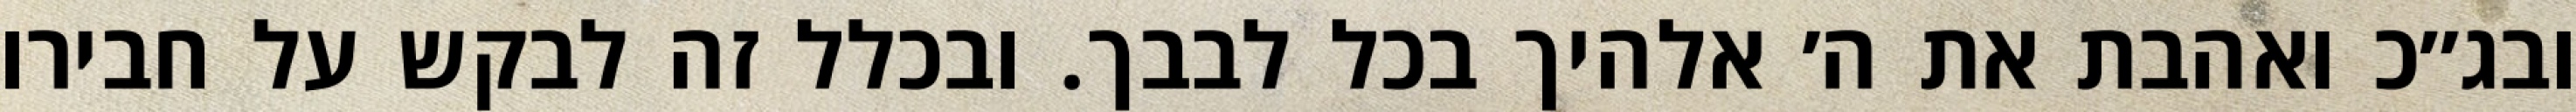
ובג״כ ואהבת את ה׳ אלהיך בכל לבבך. ובכלל זה לבקש על חבירו